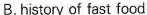
B.history of fast food